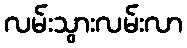
လမ်းသွားလမ်းလာ